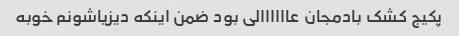
پکیج کشک بادمجان عاااااالی بود ضمن اینکه دیزیاشونم خوبه